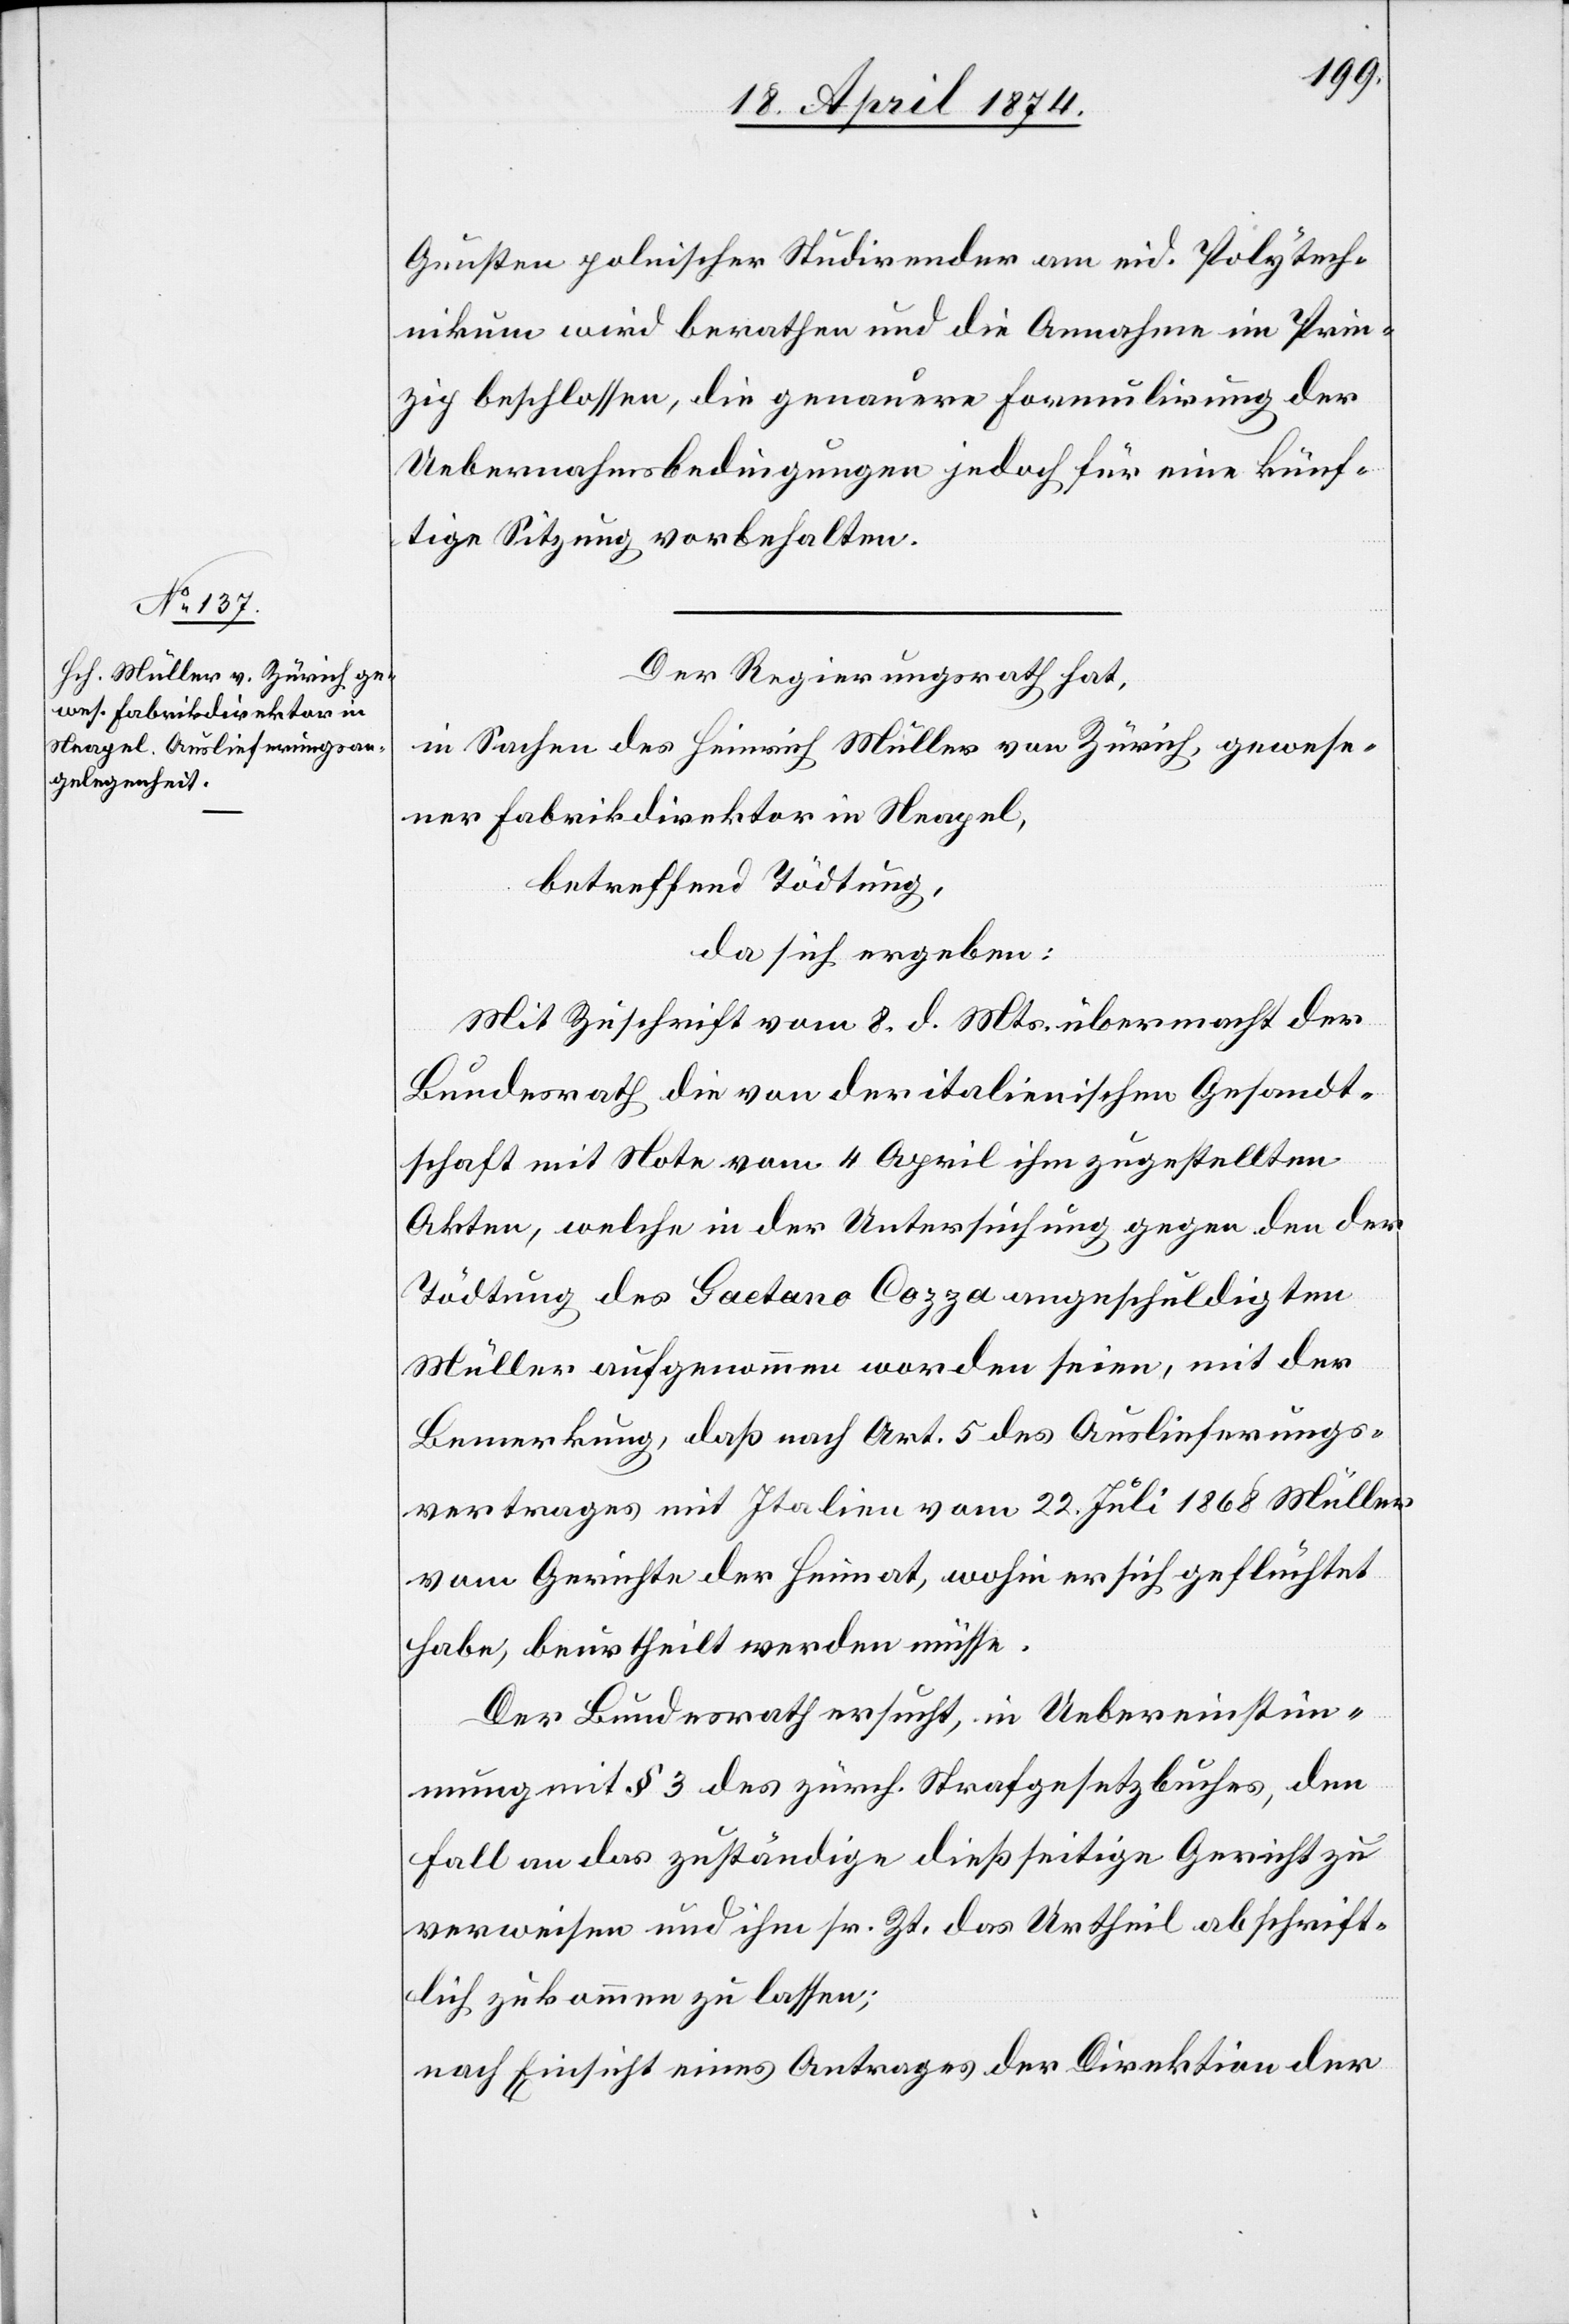
Gunsten polnischer Studirender am eid. Polytech¬
nikum wird berathen und die Annahme im Prin¬
zip beschlossen, die genauere Formulirung der
Uebernahmsbedingungen jedoch für eine künf¬
tige Sitzung vorbehalten.
Der Regierungsrath hat,
in Sachen des Heinrich Müller von Zürich, gewese¬
ner Fabrikdirektor in Neapel,
betreffend Tödtung,
da sich ergeben:
Mit Zuschrift vom 8. d. Mts. übermacht der
Bundesrath die von der italienischen Gesandt¬
schaft mit Note vom 4. April ihm zugestellten
Akten, welche in der Untersuchung gegen den der
Tödtung des Gaetano Cozza angeschuldigten
Müller aufgenommen worden seien, mit der
Bemerkung, daß nach Art. 5 des Auslieferungs¬
vertrages mit Italien vom 22. Juli 1868 Müller
vom Gerichte der Heimat, wohin er sich geflüchtet
habe, beurtheilt werden müsse.
Der Bundesrath ersucht, in Uebereinstim¬
mung mit § 3 des zürch. Strafgesetzbuches, den
Fall an das zuständige dießseitige Gericht zu
verweisen und ihm sr. Zt. das Urtheil abschrift¬
lich zukommen zu lassen;
nach Einsicht eines Antrages der Direktion der